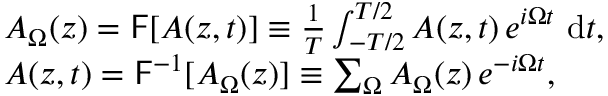
\begin{array} { r l } & { A _ { \Omega } ( z ) = \mathsf { F } [ A ( z , t ) ] \equiv \frac { 1 } { T } \int _ { - T / 2 } ^ { T / 2 } A ( z , t ) \, e ^ { i \Omega t } ~ \mathrm { { d } } t , } \\ & { A ( z , t ) = \mathsf { F } ^ { - 1 } [ A _ { \Omega } ( z ) ] \equiv \sum _ { \Omega } A _ { \Omega } ( z ) \, e ^ { - i \Omega t } , } \end{array}